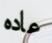
عاده